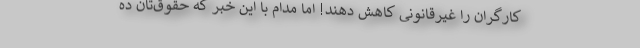
کارگران را غیرقانونی کاهش دهند! اما مدام با این خبر که حقوق‌تان ده